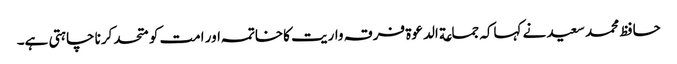
حافظ محمد سعید نے کہاکہ جماعة الدعوة فرقہ واریت کاخاتمہ اور امت کو متحد کرنا چاہتی ہے۔